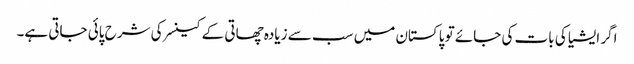
اگر ایشیا کی بات کی جائے تو پاکستان میں سب سے زیادہ چھاتی کے کینسر کی شرح پائی جاتی ہے۔